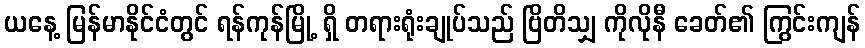
ယနေ့ မြန်မာနိုင်ငံတွင် ရန်ကုန်မြို့ ရှိ တရားရုံးချုပ်သည် ဗြိတိသျှ ကိုလိုနီ ခေတ်၏ ကြွင်းကျန်